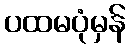
ပထမပုံမှန်